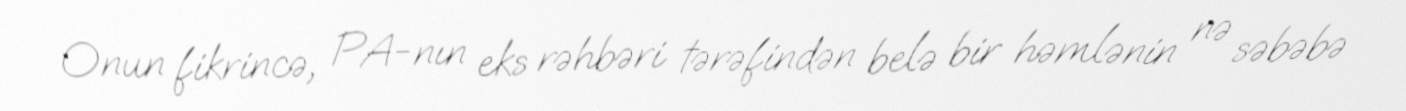
Onun fikrincə, PA-nın eks rəhbəri tərəfindən belə bir həmlənin nə səbəbə